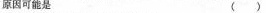
原因可能是 ()